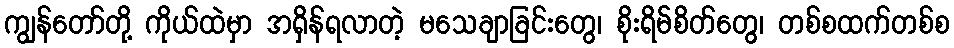
ကျွန်တော်တို့ ကိုယ်ထဲမှာ အရှိန်ရလာတဲ့ မသေချာခြင်းတွေ၊ စိုးရိမ်စိတ်တွေ၊ တစ်စထက်တစ်စ